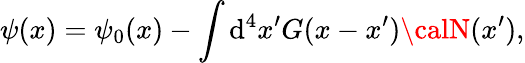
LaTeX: \psi(x)=\psi_{0}(x)-\int\mathrm{d}^{4}x^{\prime}G(x-x^{\prime}){\calN}(x^{\prime}),